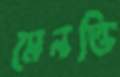
মেনত্তি